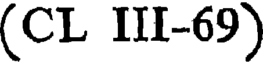
(CL III-69)